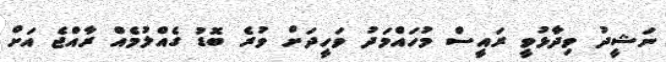
ނަޝީދު ވިދާޅުވީ ރައީސް މުހައްމަދު ވަހީދަށް ވުރެ ބޮޑު ގެއްލުމެއް ރާއްޖެ އަށް